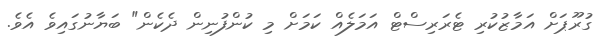
ގުރޫޕަށް އަމާޒުކުރި ޓެރަރިސްޓް އަމަލެއް ކަމަށް މި ކުންފުނިން ދެކެން" ބަޔާނުގައިވެ އެވެ.